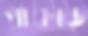
পাকড়ে